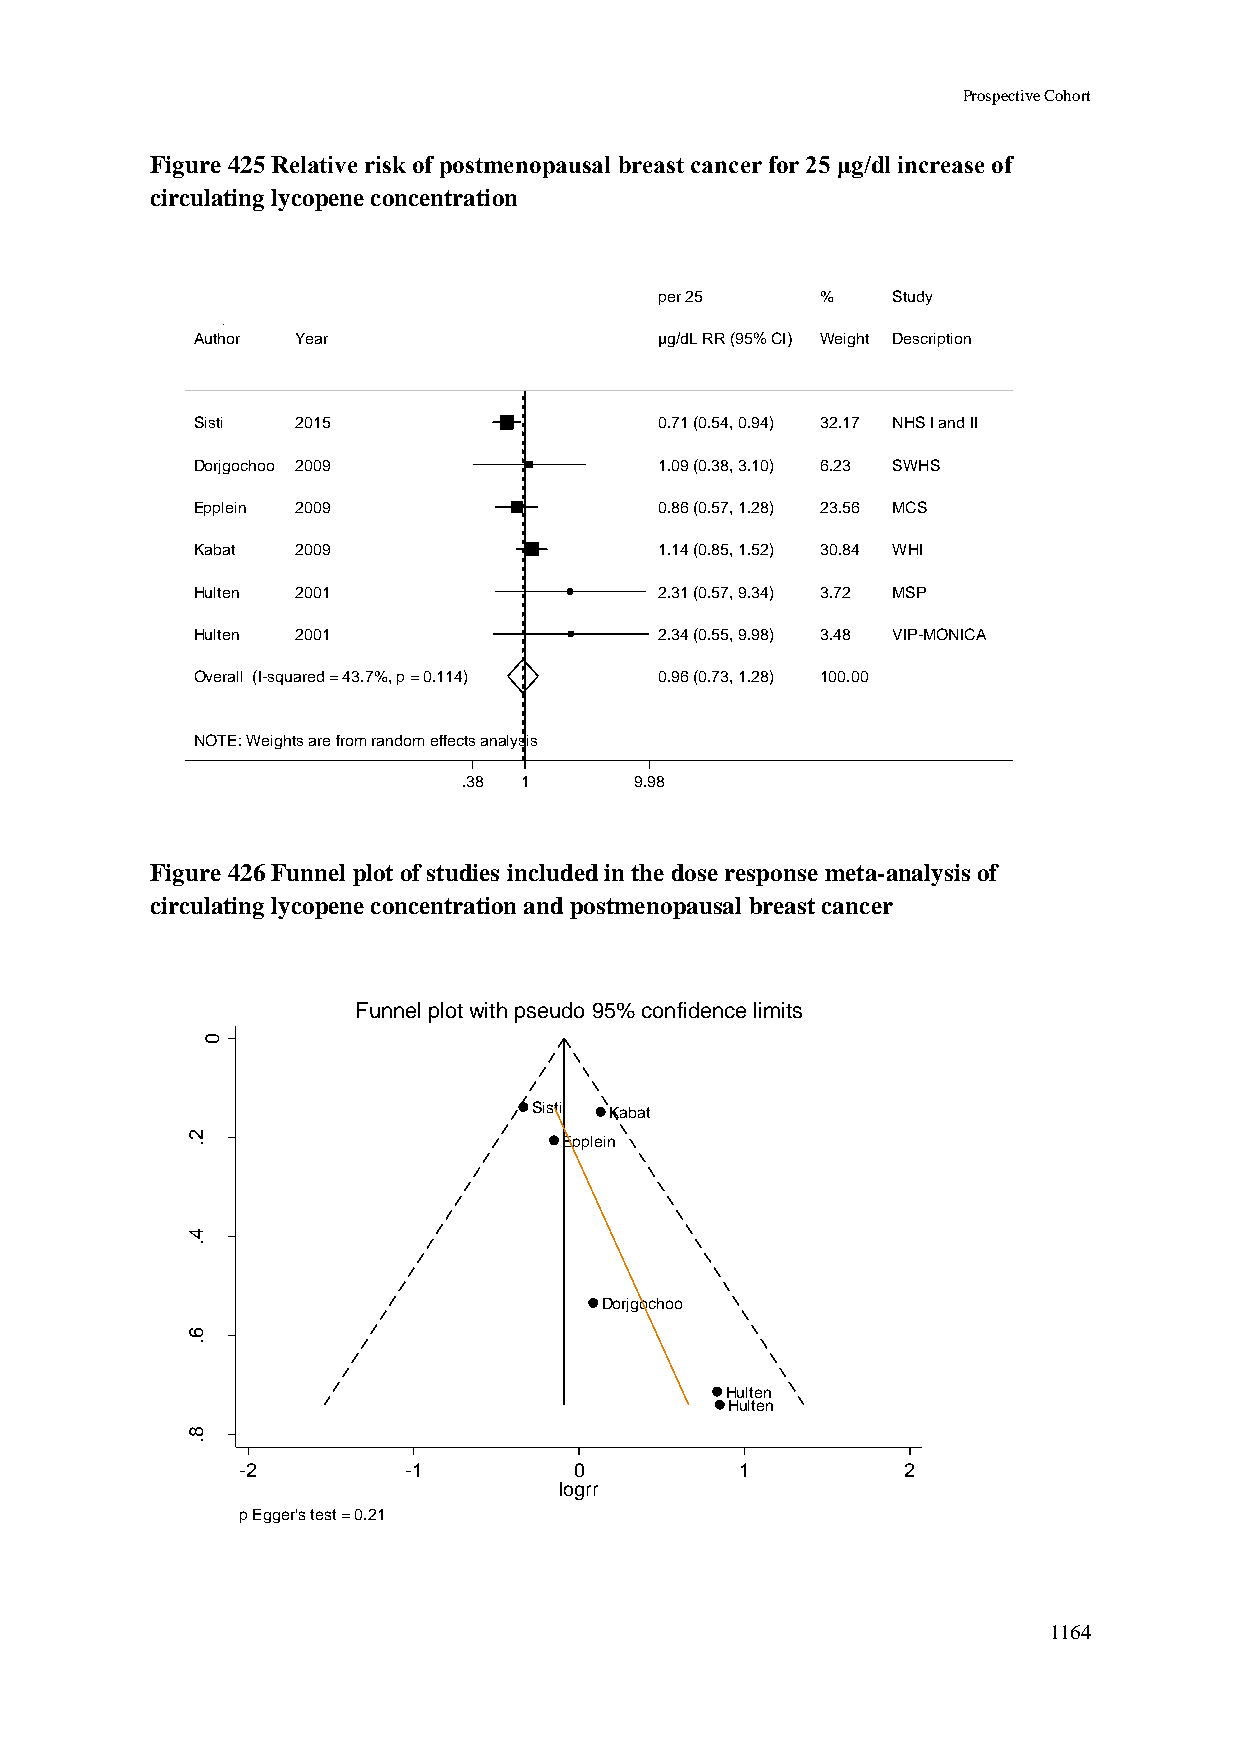
Prospective Cohort
 Figure 425 Relative risk of postmenopausal breast cancer for 25 μg/dl increase of
 circulating lycopene concentration
 ppeerr 2255 %% Study
 Author Year                    µµgg//ddLL RRRR ((9955%% CCII)) WWeeiigghhtt Description
 Sisti  2015                    00..7711 ((00..5544,, 00..9944)) 3322..1177 NHS I and II
 Dorjgochoo 2009                11..0099 ((00..3388,, 33..1100)) 66..2233 SWHS
 Epplein 2009                   00..8866 ((00..5577,, 11..2288)) 2233..5566 MCS
 Kabat  2009                    11..1144 ((00..8855,, 11..5522)) 3300..8844 WHI
 Hulten 2001                    22..3311 ((00..5577,, 99..3344)) 33..7722 MSP
 Hulten 2001                    22..3344 ((00..5555,, 99..9988)) 33..4488 VIP-MONICA
 Overall (I-squared = 43.7%, p = 0.114) 00..9966 ((00..7733,, 11..2288)) 110000..0000
 NOTE: Weights are from random effects analysis
 .38 11     9.98
 Figure 426 Funnel plot of studies included in the dose response meta-analysis of
 circulating lycopene concentration and postmenopausal breast cancer
 Funnel plot with pseudo 95% confidence limits
 0
 Sisti Kabat
 2 .                      Epplein
 r
 r
 g
 o
 l fo    4
 .
 .e
 .s
 Dorjgochoo
 6
 .
 Hulten
 Hulten
 8
 .
 -2         -1         0          1          2
 logrr
 p Egger's test = 0.21
 1164